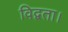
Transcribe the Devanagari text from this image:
विद्वता।